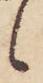
候